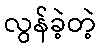
လွန်ခဲ့တဲ့